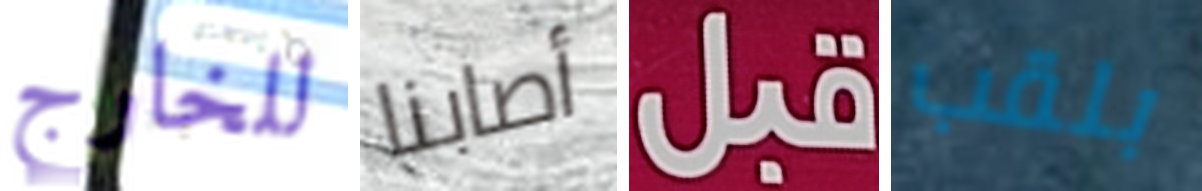
للخارج أصابنا قبل بلقب